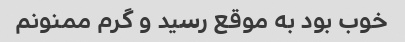
خوب بود به موقع رسید و گرم ممنونم